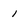
Character: 1